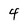
Character: 4